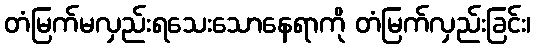
တံမြက်မလှည်းရသေးသောနေရာကို တံမြက်လှည်းခြင်း၊